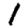
Digit: 1